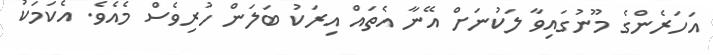
އަހަރެންގެ މޫނުގައިވާ ލަކުނަށް އޭނާ އެތައް އިރަކު ބަލަން ހުރިވެސް މެއެވެ. އެކަމަކު